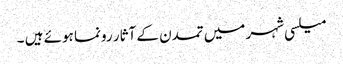
میلسی شہر میں تمدن کے آثار رونما ہوئے ہیں ۔